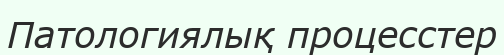
Патологиялық процесстер